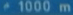
*1000m